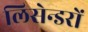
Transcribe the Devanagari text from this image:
लिसेन्डरों